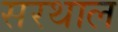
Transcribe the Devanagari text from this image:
सरथाल